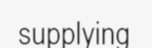
supplying